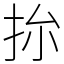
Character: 㧠